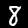
Digit: 8